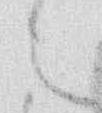
之